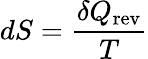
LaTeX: dS={\frac{\delta Q_{\mathrm{rev}}}{T}}